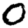
Digit: 0